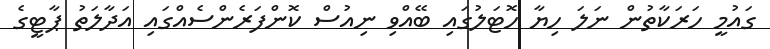
ގައުމީ ހަރަކާތުން ނަލަ ހިޔާ ހޮޓަލުގައި ބޭއްވި ނިއުސް ކޮންފަރެންސެއްގައި އަދާލަތު ޕާޓީގެ